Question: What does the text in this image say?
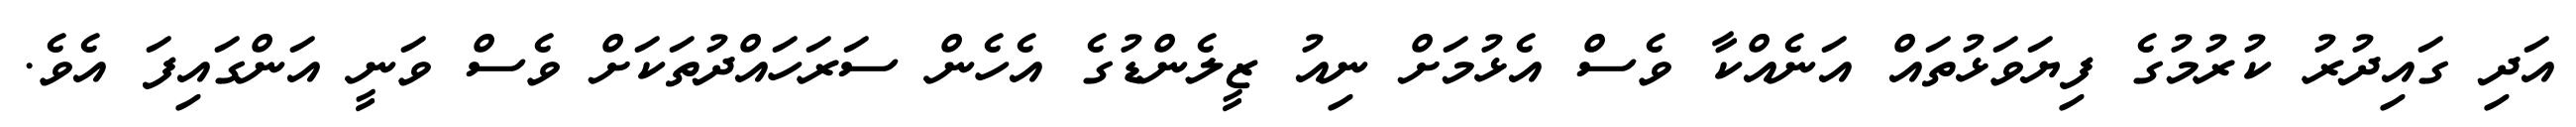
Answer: އަދި ގައިދުރު ކުރުމުގެ ފިޔަވަޅުތައް އަނެއްކާ ވެސް އެޅުމަށް ނިއު ޒީލެންޑުގެ އެހެން ސަރަހައްދުތަކަށް ވެސް ވަނީ އަންގައިފަ އެވެ.